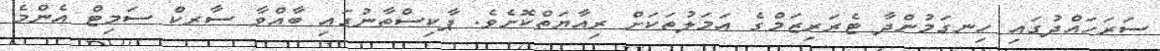
ސަރަހައްދުގައި ހިނގަމުންދާ ޓެރަރިޒަމްގެ އަމަލުތަކަށް ރިއާޔަތްކޮށެވެ. ޕާކިސްތާނުގައި ބާއްވާ ސާރކް ސަމިޓް އެންމެ